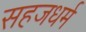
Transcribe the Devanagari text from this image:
सहजधर्म